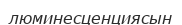
люминесценциясын